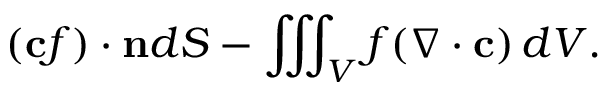
( \mathbf { c } f ) \cdot \mathbf { n } d S - \iiint _ { V } f ( \nabla \cdot \mathbf { c } ) \, d V .